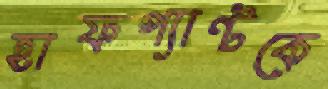
হাফপ্যান্টকে